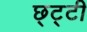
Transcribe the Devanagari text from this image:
छ्ट्टी